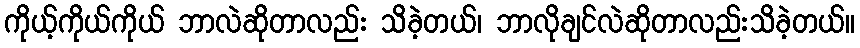
ကိုယ့်ကိုယ်ကိုယ် ဘာလဲဆိုတာလည်း သိခဲ့တယ်၊ ဘာလိုချင်လဲဆိုတာလည်းသိခဲ့တယ်။